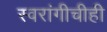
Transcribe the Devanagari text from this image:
स्वरांगीचीही